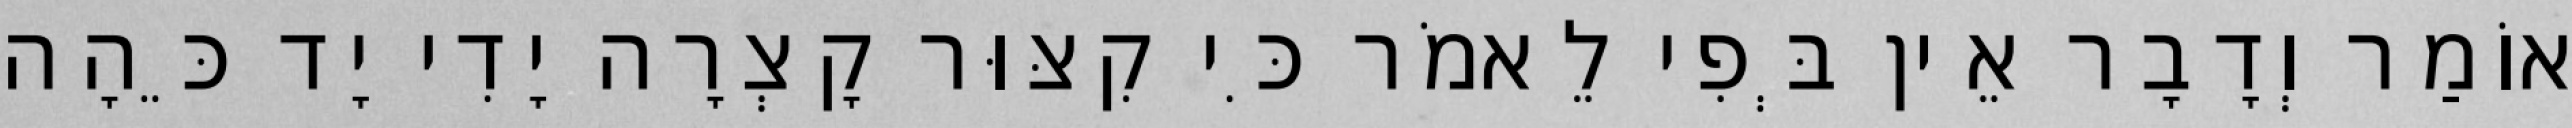
אוֹמַר וְדָבָר אֵין בְּפִי לֵאמֹר כִּי קִצּוּר קָצְרָה יָדִי יָד כֵּהָה